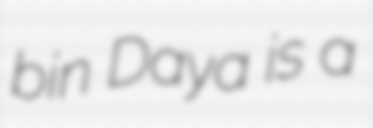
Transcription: bin Daya is a